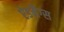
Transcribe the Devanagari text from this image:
ऐडमैग्स